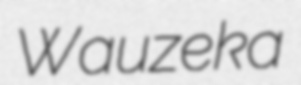
Wauzeka